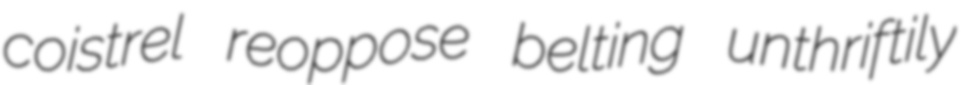
coistrel reoppose belting unthriftily